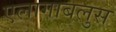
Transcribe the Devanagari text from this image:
एलागाबलुस